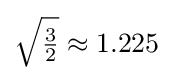
{\sqrt {\tfrac {3}{2}}}\approx 1.225